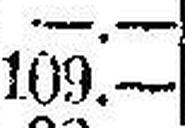
109.—